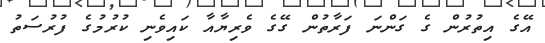
އޭގެ އިތުރުން ގެ ގަންނަ ފަރާތުން ގޭގެ ވެރިޔާއާ ކައިވެނި ކުރުމުގެ ފުރުސަތު